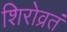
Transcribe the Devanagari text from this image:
शिरोव्रतं